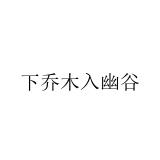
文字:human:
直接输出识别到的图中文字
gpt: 下乔木入幽谷